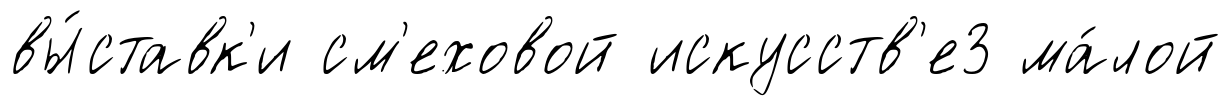
вы́ставк'и см'еховой искусств'е3 ма́лой